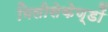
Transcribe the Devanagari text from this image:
मिलीसेकेण्डों